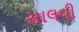
સાલવી